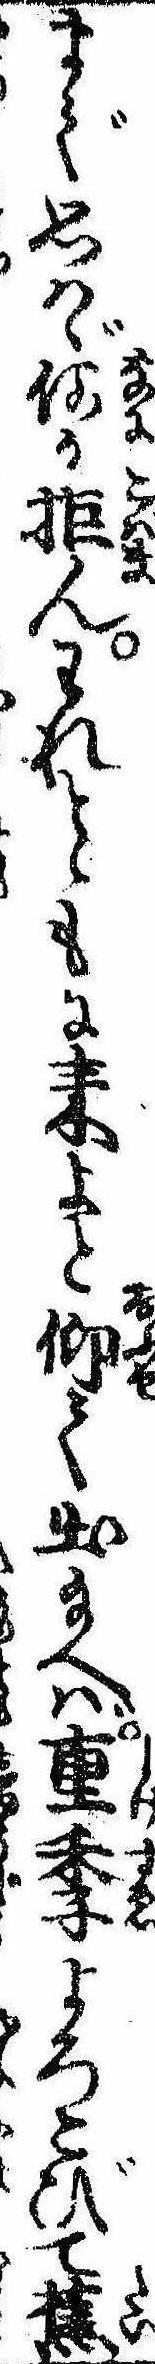
まで思はゞ何か拒んわれとゝもに来よと仰て出給へば重季よろこびて蕉